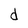
Character: d